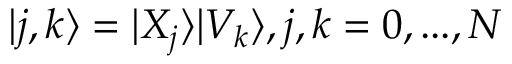
| j , k \rangle = | X _ { j } \rangle | V _ { k } \rangle , j , k = 0 , . . . , N